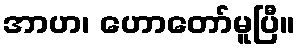
အာဟ၊ ဟောတော်မူပြီ။